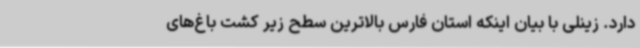
دارد. زینلی با بیان اینکه استان فارس بالاترین سطح زیر کشت باغ‌های